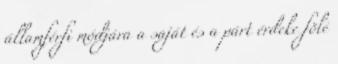
államférfi módjára a saját és a párt érdeke fölé